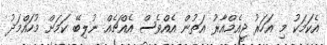
އެކަމަކު މި އަހަރު ޖީއެމްއާރު އަތުން އެއްވެސް އެއްޗެއް ނުލިބޭ ކަމަށް މުހައްމަދު